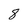
Character: 8